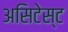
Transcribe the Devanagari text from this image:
असिटेस्ट